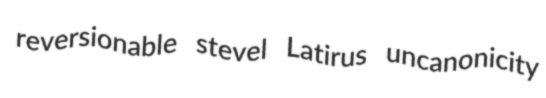
reversionable stevel Latirus uncanonicity